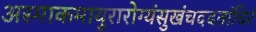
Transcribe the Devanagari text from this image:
अस्माकमायुरारोग्यंसुखंचददतांचिरं